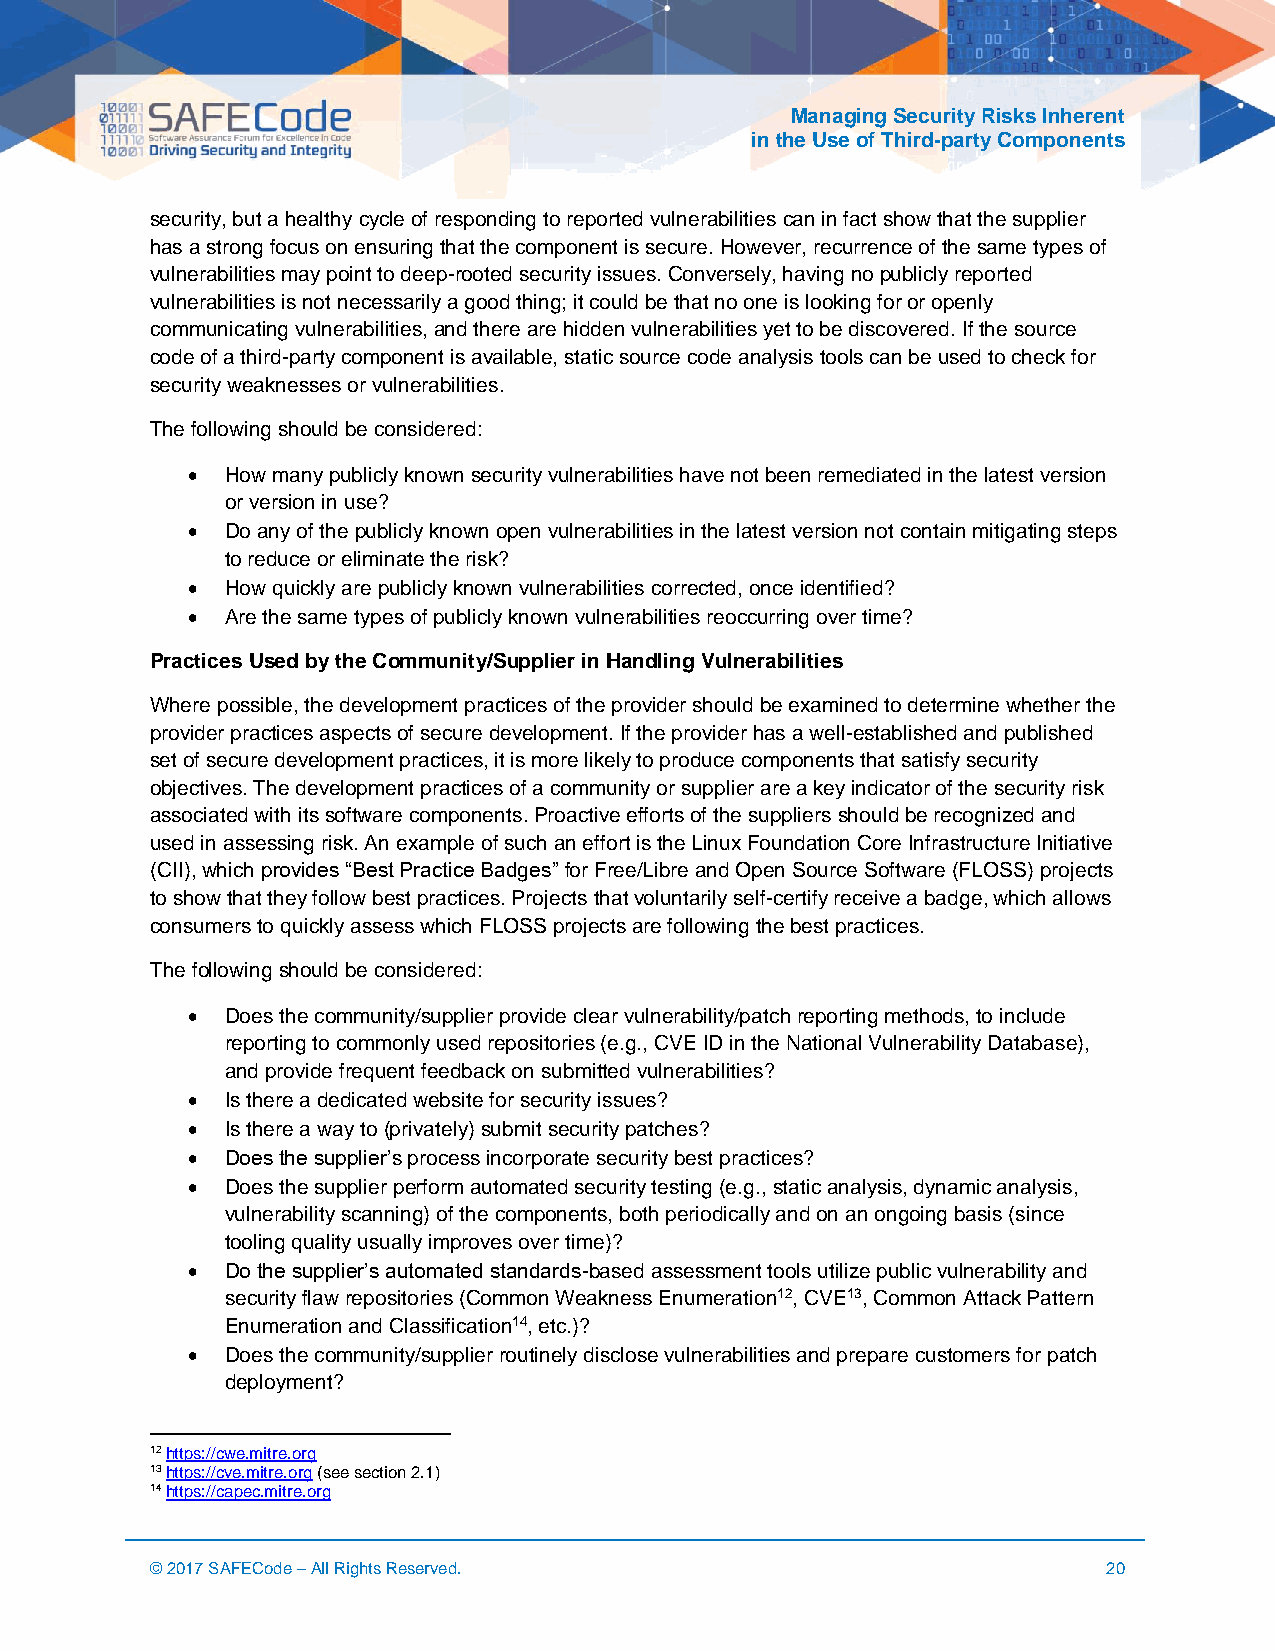
Managing Security Risks Inherent
 in the Use of Third-party Components
 security, but a healthy cycle of responding to reported vulnerabilities can in fact show that the supplier
 has a strong focus on ensuring that the component is secure. However, recurrence of the same types of
 vulnerabilities may point to deep-rooted security issues. Conversely, having no publicly reported
 vulnerabilities is not necessarily a good thing; it could be that no one is looking for or openly
 communicating vulnerabilities, and there are hidden vulnerabilities yet to be discovered. If the source
 code of a third-party component is available, static source code analysis tools can be used to check for
 security weaknesses or vulnerabilities.
 The following should be considered:
 •  How many publicly known security vulnerabilities have not been remediated in the latest version
 or version in use?
 •  Do any of the publicly known open vulnerabilities in the latest version not contain mitigating steps
 to reduce or eliminate the risk?
 •  How quickly are publicly known vulnerabilities corrected, once identified?
 •  Are the same types of publicly known vulnerabilities reoccurring over time?
 Practices Used by the Community/Supplier in Handling Vulnerabilities
 Where possible, the development practices of the provider should be examined to determine whether the
 provider practices aspects of secure development. If the provider has a well-established and published
 set of secure development practices, it is more likely to produce components that satisfy security
 objectives. The development practices of a community or supplier are a key indicator of the security risk
 associated with its software components. Proactive efforts of the suppliers should be recognized and
 used in assessing risk. An example of such an effort is the Linux Foundation Core Infrastructure Initiative
 (CII), which provides “Best Practice Badges” for Free/Libre and Open Source Software (FLOSS) projects
 to show that they follow best practices. Projects that voluntarily self-certify receive a badge, which allows
 consumers to quickly assess which FLOSS projects are following the best practices.
 The following should be considered:
 •  Does the community/supplier provide clear vulnerability/patch reporting methods, to include
 reporting to commonly used repositories (e.g., CVE ID in the National Vulnerability Database),
 and provide frequent feedback on submitted vulnerabilities?
 •  Is there a dedicated website for security issues?
 •  Is there a way to (privately) submit security patches?
 •  Does the supplier’s process incorporate security best practices?
 •  Does the supplier perform automated security testing (e.g., static analysis, dynamic analysis,
 vulnerability scanning) of the components, both periodically and on an ongoing basis (since
 tooling quality usually improves over time)?
 •  Do the supplier’s automated standards-based assessment tools utilize public vulnerability and
 security flaw repositories (Common Weakness Enumeration12, CVE13, Common Attack Pattern
 Enumeration and Classification14, etc.)?
 •  Does the community/supplier routinely disclose vulnerabilities and prepare customers for patch
 deployment?
 12 https://cwe.mitre.org
 13 https://cve.mitre.org (see section 2.1)
 14 https://capec.mitre.org
 © 2017 SAFECode – All Rights Reserved.                         20